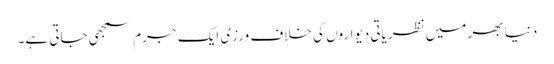
دنیا بھر میں نظریاتی دیواروں کی خلاف ورزی ایک جرم سمجھی جاتی ہے۔